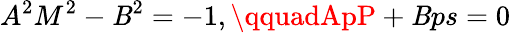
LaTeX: A^{2}M^{2}-\mathit{B}^{2}=-1,\qquadApP+\mathit{B}ps=0